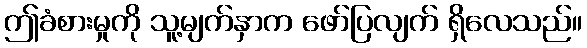
ဤခံစားမှုကို သူ့မျက်နှာက ဖော်ပြလျက် ရှိလေသည်။